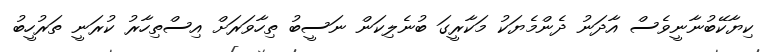
ކިޔާާކޭބުނާނީވެސް އާދަނު ދެންމެޔަކު މަކާރީގަ ބުނެލިކަން ނަސީބު ތިހާވަރަށް އިސްތިހާރު ކުރަނީ ތަރުހީބު